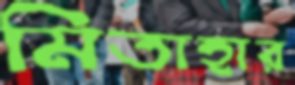
মিতাহার